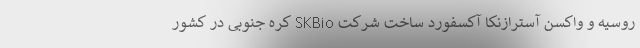
روسیه و واکسن آسترازنکا آکسفورد ساخت شرکت SKBio کره جنوبی در کشور